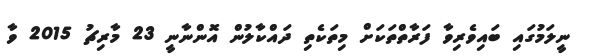
ނީލަމުގައި ބައިވެރިވާ ފަރާތްތަކަށް މިތަކެތި ދައްކާލުން އޮންނާނީ 23 މާރިޗު 2015 ވާ